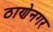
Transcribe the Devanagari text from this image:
ठाणेनगर